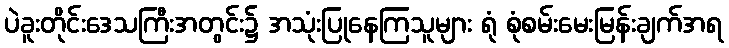
ပဲခူးတိုင်းဒေသကြီးအတွင်း၌ အသုံးပြုနေကြသူများ ရုံ စုံစမ်းမေးမြန်းချက်အရ